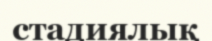
стадиялық